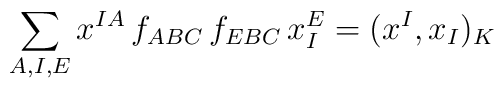
\sum_{A,I,E} x^{IA}\,f_{ABC}\,f_{EBC}\,x_I^E = (x^I,x_I)_K